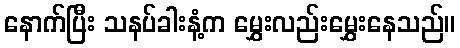
နောက်ပြီး သနပ်ခါးနံ့က မွှေးလည်းမွှေးနေသည်။